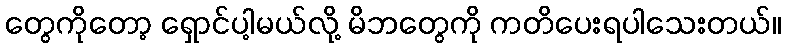
တွေကိုတော့ ရှောင်ပါ့မယ်လို့ မိဘတွေကို ကတိပေးရပါသေးတယ်။